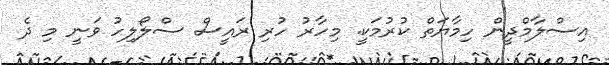
އިސްލާމްދީން ހިމާޔަތް ކުރުމަކީ. މިހާރު ހުރި ރައީސް ސްލޯލިހު ވަނީ މި ދެ